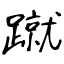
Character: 蹴